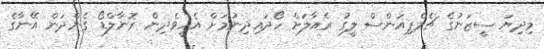
މިދިޔަ ސީޒަނުގެ ޗެމްޕިއަންސް ލީގު ރެއާލަށް ހޯދައިދިނުމަށް އެހީވެދިން ރޮނާލްޑޯ ގެންދަން އޭނާގެ